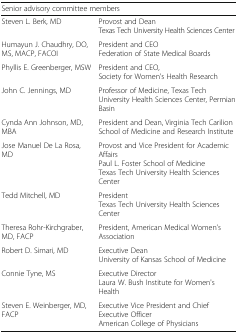
<table><thead><tr><td colspan="2"><b>Senior advisory committee members</b></td></tr></thead><tbody><tr><td>Steven L. Berk, MD</td><td>Provost and DeanTexas Tech University Health Sciences Center</td></tr><tr><td>Humayun J. Chaudhry, DO, MS, MACP, FACOI</td><td>President and CEOFederation of State Medical Boards</td></tr><tr><td>Phyllis E. Greenberger, MSW</td><td>President and CEO,Society for Women’s Health Research</td></tr><tr><td>John C. Jennings, MD</td><td>Professor of Medicine, Texas Tech University Health Sciences Center, Permian Basin</td></tr><tr><td>Cynda Ann Johnson, MD, MBA</td><td>President and Dean, Virginia Tech Carilion School of Medicine and Research Institute</td></tr><tr><td>Jose Manuel De La Rosa, MD</td><td>Provost and Vice President for Academic AffairsPaul L. Foster School of MedicineTexas Tech University Health Sciences Center</td></tr><tr><td>Tedd Mitchell, MD</td><td>PresidentTexas Tech University Health Sciences Center</td></tr><tr><td>Theresa Rohr-Kirchgraber, MD, FACP</td><td>President, American Medical Women’s Association</td></tr><tr><td>Robert D. Simari, MD</td><td>Executive DeanUniversity of Kansas School of Medicine</td></tr><tr><td>Connie Tyne, MS</td><td>Executive DirectorLaura W. Bush Institute for Women&#x27;s Health</td></tr><tr><td>Steven E. Weinberger, MD, FACP</td><td>Executive Vice President and Chief Executive OfficerAmerican College of Physicians</td></tr></tbody></table>